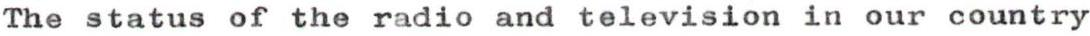
The status of the radio and television in our country